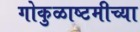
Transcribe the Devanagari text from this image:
गोकुळाष्टमीच्या